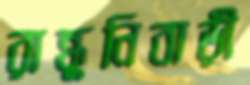
রান্ধুনিবাড়ী